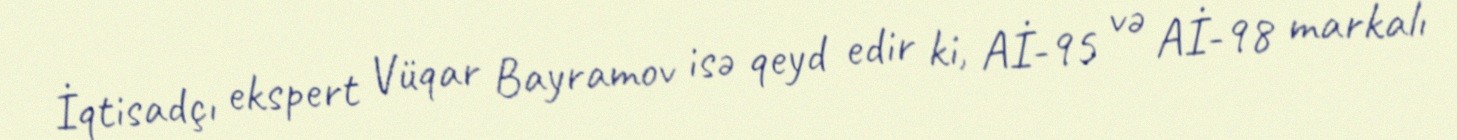
İqtisadçı ekspert Vüqar Bayramov isə qeyd edir ki, Aİ-95 və Aİ-98 markalı